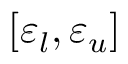
[ \varepsilon _ { l } , \varepsilon _ { u } ]